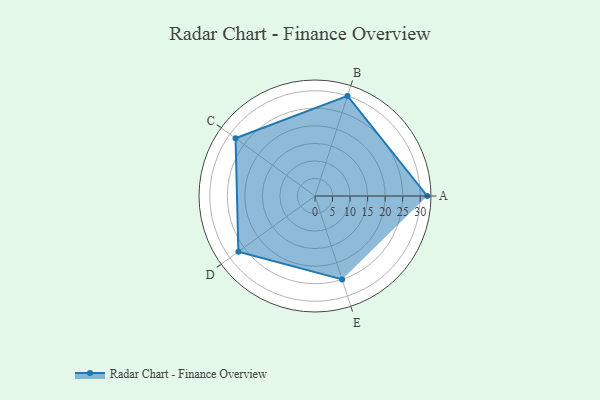
{"axis": {"x": "Skill", "y": "Score"}, "legend": ["Profile"], "data": [{"x": "A", "y": 32.0, "type": "Profile"}, {"x": "B", "y": 30.0, "type": "Profile"}, {"x": "C", "y": 28.0, "type": "Profile"}, {"x": "D", "y": 27.0, "type": "Profile"}, {"x": "E", "y": 25.0, "type": "Profile"}]}